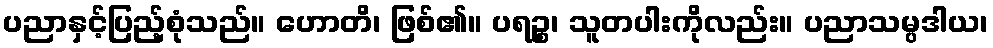
ပညာနှင့်ပြည့်စုံသည်။ ဟောတိ၊ ဖြစ်၏။ ပရဉ္စ၊ သူတပါးကိုလည်း။ ပညာသမ္ပဒါယ၊